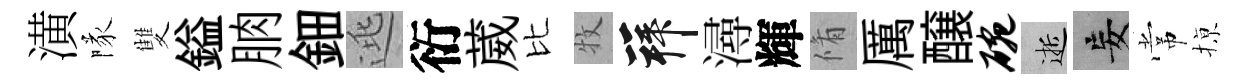
潢隊雙鎰朒鈿逃衍葳比牧拜潯輝脩厲醸碗逝妄常𢱊